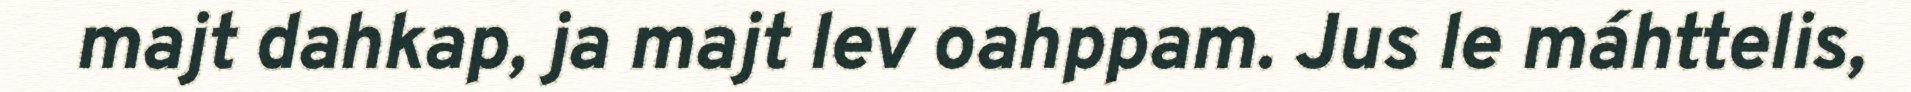
majt dahkap, ja majt lev oahppam. Jus le máhttelis,